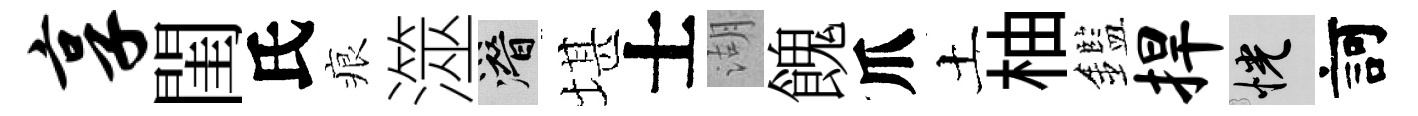
享閨氏痕澨潜堪士湖餽爪土柚鑑捍恍訶